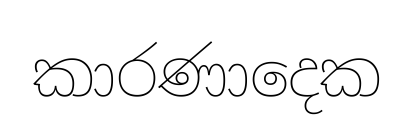
කාරණාදෙක